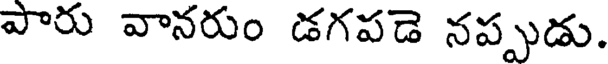
పారు వానరుం డగపడె నప్పుడు.